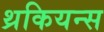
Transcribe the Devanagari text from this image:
थ्रकियन्स